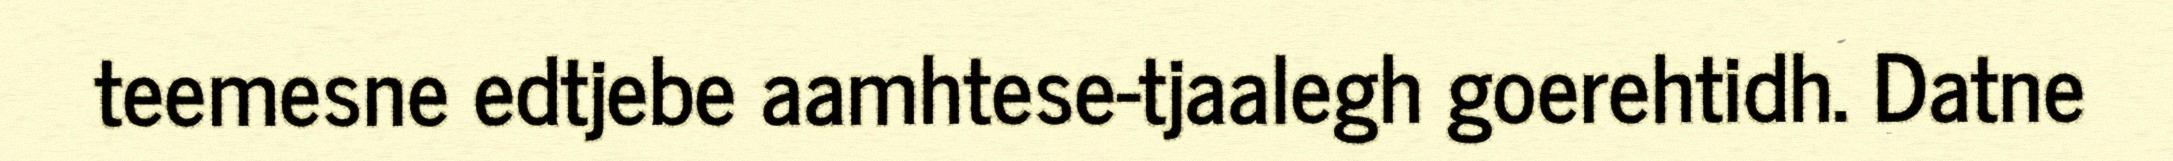
teemesne edtjebe aamhtese-tjaalegh goerehtidh. Datne